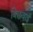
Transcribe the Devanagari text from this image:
बिछवाई